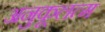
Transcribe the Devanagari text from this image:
अनुकूलत्म